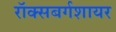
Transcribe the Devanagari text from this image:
रॉक्सबर्गशायर